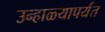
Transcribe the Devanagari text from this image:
उन्हाळ्यापर्यंत